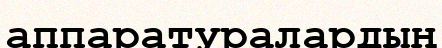
аппаратуралардың